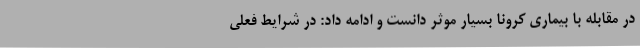
در مقابله با بیماری کرونا بسیار موثر دانست و ادامه داد: در شرایط فعلی